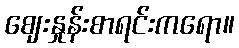
ဈေးနှုန်းစာရင်းကရော။